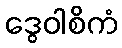
ဒွေဝါစိကံ